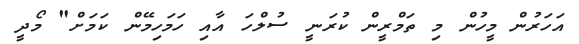
އަހަރުން މީހުން މި ތަމްރީން ކުރަނީ ސުލްހަ އާއި ހަމަހިމޭން ކަމަށް" މޯދީ